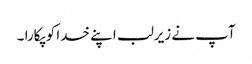
آپ نے زیرلب اپنے خدا کو پکارا ۔